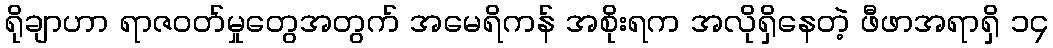
ရိုချာဟာ ရာဇဝတ်မှုတွေအတွက် အမေရိကန် အစိုးရက အလိုရှိနေတဲ့ ဖီဖာအရာရှိ ၁၄